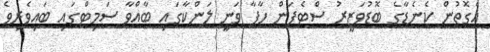
އެގޮތުން ކެނެޑާގެ ބޮޑުވަޒީރު ސްޓެފަން ހާޕާ ވަނީ ލަންކާގައި ބާއްވާ ސަމިޓްގައި ބައިވެރިވެ